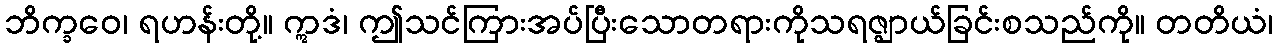
ဘိက္ခဝေ၊ ရဟန်းတို့။ ဣဒံ၊ ဤသင်ကြားအပ်ပြီးသောတရားကိုသရဇ္ဈာယ်ခြင်းစသည်ကို။ တတိယံ၊